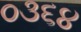
૦૩૬૪